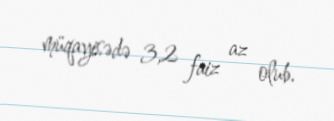
müqayisədə 3,2 faiz az olub.